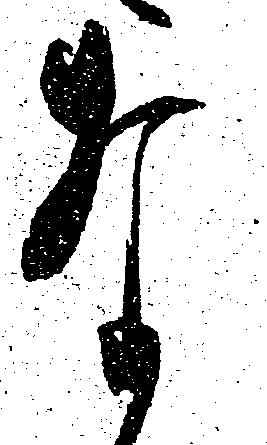
な